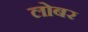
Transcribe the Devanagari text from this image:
लोबर